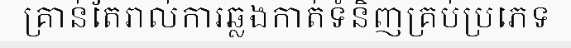
គ្រាន់តែរាល់ការឆ្លងកាត់ទំនិញគ្រប់ប្រភេទ